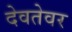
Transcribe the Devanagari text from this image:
देवतेवर